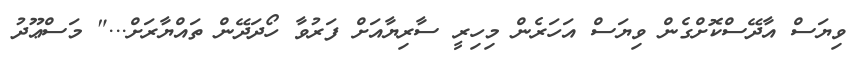
ވިޔަސް އާދޭސްކޮށްގެން ވިޔަސް އަހަރެން މިހިރީ ސާރިޔާއަށް ފަރުވާ ހޯދަދޭން ތައްޔާރަށް..." މަސްޢޫދު